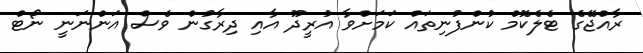
ރާއްޖޭގެ ޓެލެކޮމް ކުންފުނިތައް ކަމަށްވާ އުރީދޫ އާއި ދިރާގުން ވެސް އަންނަނީ ނޯޓް